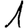
Digit: 1